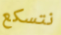
نتسكع